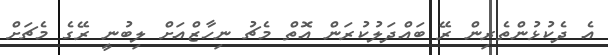
އެ ދެކުޅުންތެރިން ރޭ ބައްދަލުކުރަން އޮތް މެޗު ނިހާޒްއަށް ލިބުނީ ރޭގެ މެޗަށް